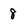
Character: 8